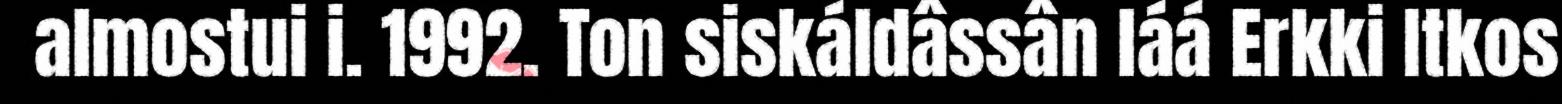
almostui i. 1992. Ton siskáldâssân láá Erkki Itkos